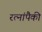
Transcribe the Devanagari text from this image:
रत्नांपैकी